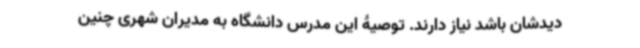
دیدشان باشد نیاز دارند. توصیۀ این مدرس دانشگاه به مدیران شهری چنین